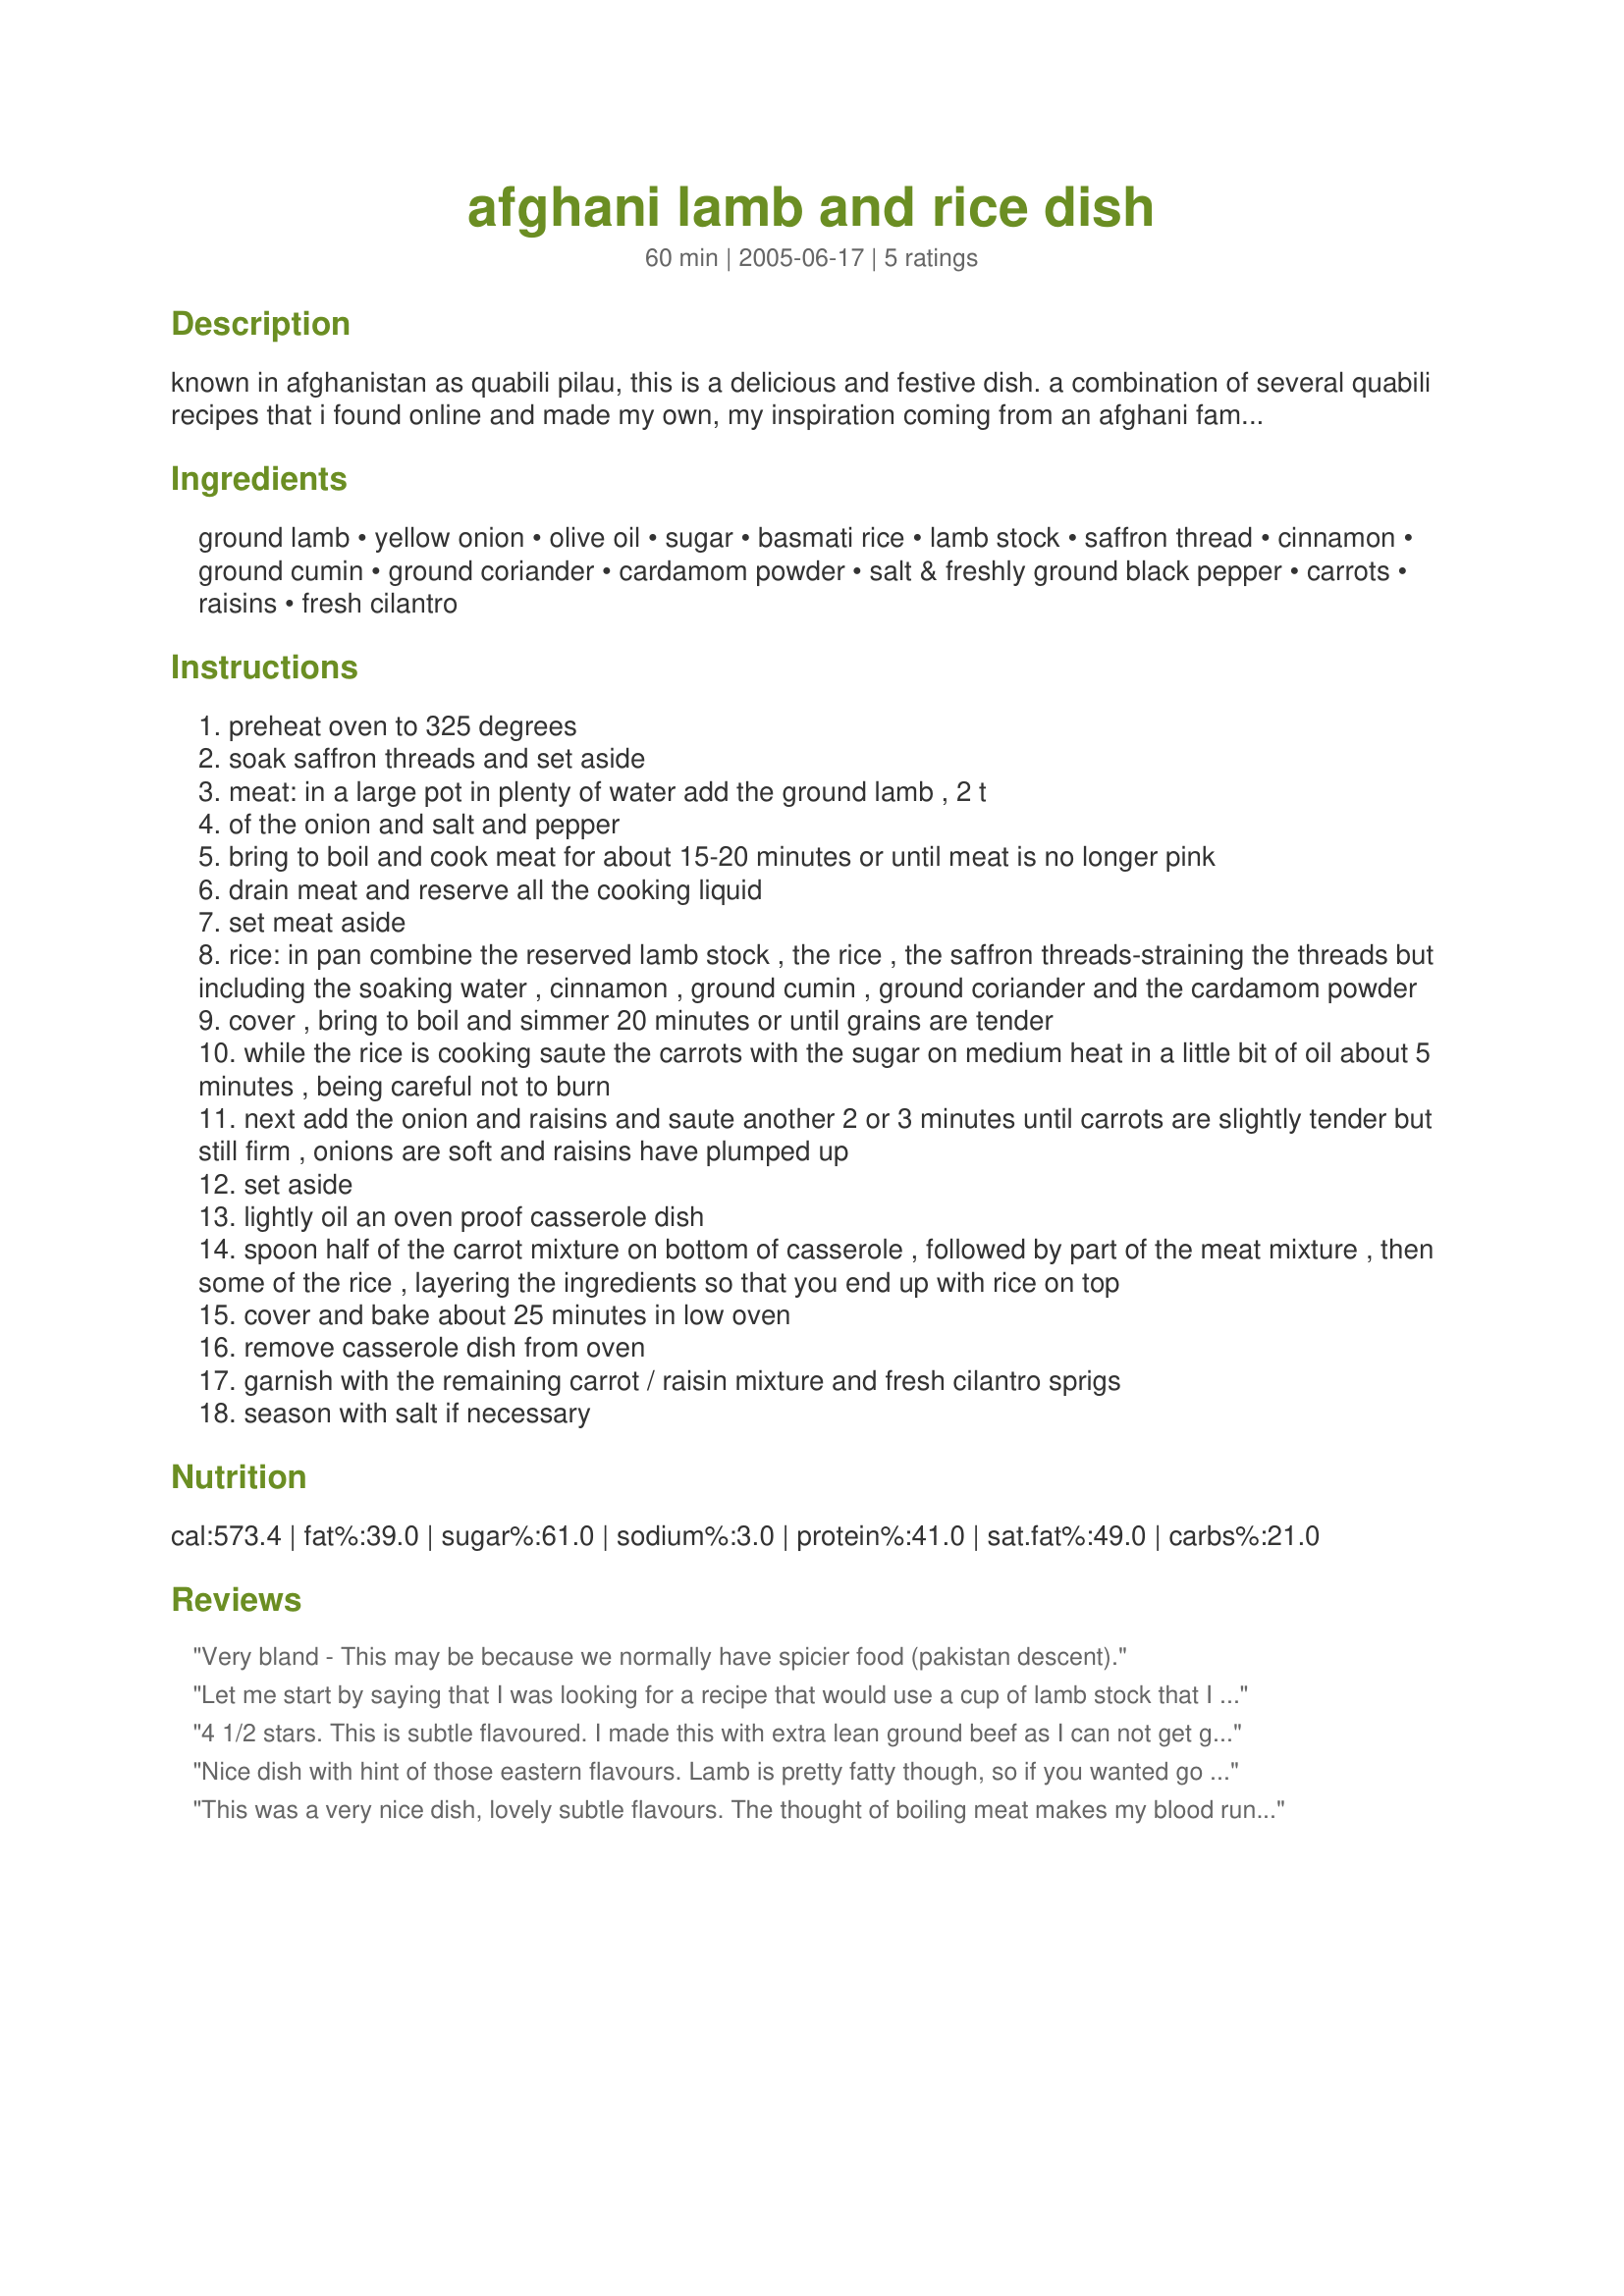
afghani lamb and rice dish
Preparation time: 60 minutes

known in afghanistan as quabili pilau, this is a delicious and festive dish.
a combination of several quabili recipes that i found online and made my own, my inspiration coming from an afghani family in town that operates a food cart from which they sell the most delightful afghani food. this is truly a perfect example of the best fusion of asian and arabic ingredients.

Ingredients:
ground lamb, yellow onion, olive oil, sugar, basmati rice, lamb stock, saffron thread, cinnamon, ground cumin, ground coriander, cardamom powder, salt & freshly ground black pepper, carrots, raisins, fresh cilantro

Steps:
preheat oven to 325 degrees
soak saffron threads and set aside
meat: in a large pot in plenty of water add the ground lamb , 2 t
of the onion and salt and pepper
bring to boil and cook meat for about 15-20 minutes or until meat is no longer pink
drain meat and reserve all the cooking liquid
set meat aside
rice: in pan combine the reserved lamb stock , the rice , the saffron threads-straining the threads but including the soaking water , cinnamon , ground cumin , ground coriander and the cardamom powder
cover , bring to boil and simmer 20 minutes or until grains are tender
while the rice is cooking saute the carrots with the sugar on medium heat in a little bit of oil about 5 minutes , being careful not to burn
next add the onion and raisins and saute another 2 or 3 minutes until carrots are slightly tender but still firm , onions are soft and raisins have plumped up
set aside
lightly oil an oven proof casserole dish
spoon half of the carrot mixture on bottom of casserole , followed by part of the meat mixture , then some of the rice , layering the ingredients so that you end up with rice on top
cover and bake about 25 minutes in low oven
remove casserole dish from oven
garnish with the remaining carrot / raisin mixture and fresh cilantro sprigs
season with salt if necessary

Reviews:
Very bland - This may be because we normally have spicier food (pakistan descent).
Let me start by saying that I was looking for a recipe that would use a cup of lamb stock that I already had from boiling some lamb bones saved from another dinner, so making a new stock wasn&#039;t an issue for me. Also, I&#039;m not from Afghanistan (or anywhere in the Middle East, for that matter), so I hope I&#039;m not offending anyone&#039;s food tradition. So, forgive me when I say that I couldn&#039;t bring myself to boil the ground lamb.&lt;br/&gt;I did make this recipe, using all of the ingredients listed, but I first browned everything in a large saute pan, including the spices and the rice, and then cooked the whole thing on top of the stove. I glazed the carrots in a separate skillet, using a little honey instead of sugar, and then stirred them in at the end. Oh, and I didn&#039;t have any saffron, so I just skipped it.&lt;br/&gt;It all turned out pretty tasty. I&#039;m still learning to appreciate the flavors of the Middle East, so wasn&#039;t sure about the cinnamon. But it does seem to go well with the rice and raisins, so I&#039;ll be less reluctant the next time I make this. And, the next time, I&#039;ll finish it off in the oven. I&#039;ll still probably brown the ingredients before turning them into the baking dish, because I just can&#039;t see how water boiled with some ground meat would make that big of an impact on the flavor of the rice.&lt;br/&gt;Anyway, the spices were nice and not overpowering. The proportions of meat to rice to vegetables was good. (I did need to add some additional liquid at the end.) Some of the water could be replaced with chicken broth if you don&#039;t have a lonely jar of lamb stock sitting in your refrigerator. And be generous with the salt. Unless the rice is well seasoned, I can see how this might turn out &quot;bland&quot;. A dollop of yogurt or sour cream would be a nice garnish.
4 1/2 stars. This is subtle flavoured. I made this with extra lean ground beef as I can not get ground lamb right now! I added some extra cooking oil for which I used canola to give it more fat content. After boiling the meat I added some butter to it as well and fried it a little to give it more flavour. I used sea salt and freshly ground black pepper to taste. I used dark raisins and grated the carrots and just cooked them less as I forgot they were meant to be matchsticks. It would be better as matchsticks but time consuming. I would cut down the ground cardamom per preference a little another time. This was served with an grilled Afghan style chicken, fresh Afghan salad which I will be posting shortly and Balkan (thick) yogurt. Made for Ramadan Tag 2010.
Nice dish with hint of those eastern flavours. Lamb is pretty fatty though, so if you wanted go get rid of some of it, you could cool down the cooking liquid and remove the fat off the top.
This was a very nice dish, lovely subtle flavours. The thought of boiling meat makes my blood run cold, but I did it anyway and it turned out fine! We ate this with a yoghurt sauce and a carrot salad - thanks for posting!
